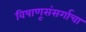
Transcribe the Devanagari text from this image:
विषाणूसंसर्गाचा